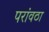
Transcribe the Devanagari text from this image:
परांवठा